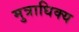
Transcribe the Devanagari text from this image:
मुत्राधिक्य